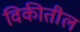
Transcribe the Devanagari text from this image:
विकीतील